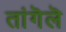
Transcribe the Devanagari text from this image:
तांगॆलॆ